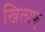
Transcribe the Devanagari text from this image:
खिलाफ्